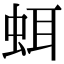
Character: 𧊗